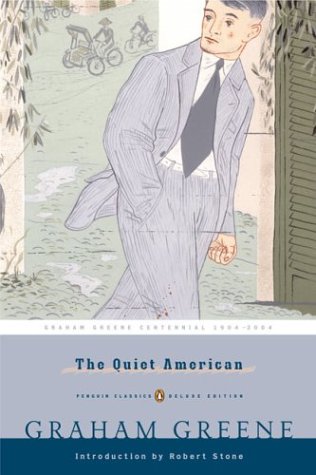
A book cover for The Quiet American (Penguin Classics Deluxe Edition); Graham Greene; Literature & Fiction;